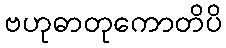
ဗဟုဓာတုကောတိပိ